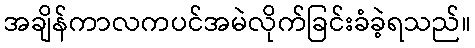
အချိန်ကာလကပင်အမဲလိုက်ခြင်းခံခဲ့ရသည်။